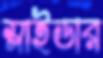
স্লাইডার